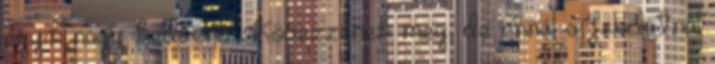
egyik nagy kedvenc. Kövezzenek meg, de ennél a feladatnál